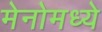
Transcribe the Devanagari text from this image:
मेनोमध्ये